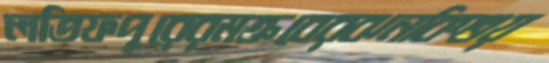
লতিফপুরেরমক্তবেরঝনকিশুয়